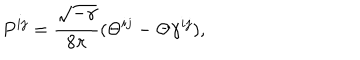
P ^ { i j } = \frac { \sqrt { - \gamma } } { 8 \pi } ( \Theta ^ { i j } - \Theta \gamma ^ { i j } ) ,